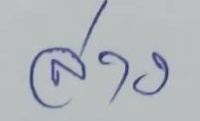
ล่าง